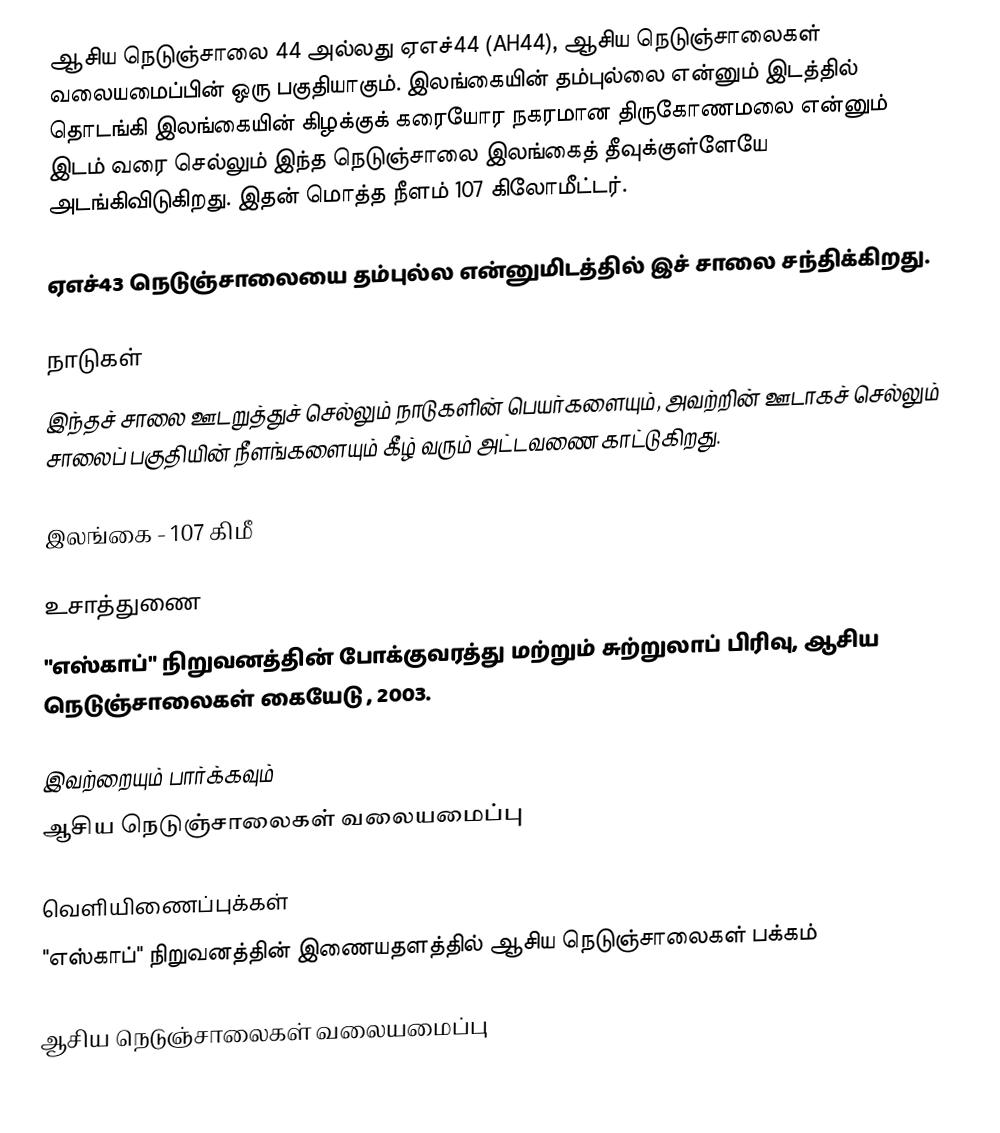
ஆசிய நெடுஞ்சாலை 44 அல்லது ஏஎச்44 (AH44), ஆசிய நெடுஞ்சாலைகள் வலையமைப்பின் ஒரு பகுதியாகும். இலங்கையின் தம்புல்லை என்னும் இடத்தில் தொடங்கி இலங்கையின் கிழக்குக் கரையோர நகரமான திருகோணமலை என்னும் இடம் வரை செல்லும் இந்த நெடுஞ்சாலை இலங்கைத் தீவுக்குள்ளேயே அடங்கிவிடுகிறது. இதன் மொத்த நீளம் 107 கிலோமீட்டர்.

ஏஎச்43 நெடுஞ்சாலையை தம்புல்ல என்னுமிடத்தில் இச் சாலை சந்திக்கிறது.

நாடுகள்
இந்தச் சாலை ஊடறுத்துச் செல்லும் நாடுகளின் பெயர்களையும், அவற்றின் ஊடாகச் செல்லும் சாலைப் பகுதியின் நீளங்களையும் கீழ் வரும் அட்டவணை காட்டுகிறது.

 இலங்கை - 107 கிமீ

உசாத்துணை
 "எஸ்காப்" நிறுவனத்தின் போக்குவரத்து மற்றும் சுற்றுலாப் பிரிவு, ஆசிய நெடுஞ்சாலைகள் கையேடு , 2003.

இவற்றையும் பார்க்கவும்
 ஆசிய நெடுஞ்சாலைகள் வலையமைப்பு

வெளியிணைப்புக்கள்
 "எஸ்காப்" நிறுவனத்தின் இணையதளத்தில் ஆசிய நெடுஞ்சாலைகள் பக்கம்

 ஆசிய நெடுஞ்சாலைகள் வலையமைப்பு